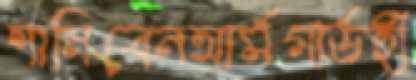
শানিবেনআর্মগার্ডহী